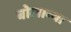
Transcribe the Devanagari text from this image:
बोलाव्या